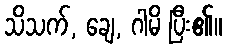
သိသက်, ချေ, ဂါမိ ပြီး၏။